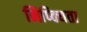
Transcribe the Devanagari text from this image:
निष्क्यिता